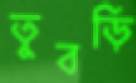
তুবড়ি